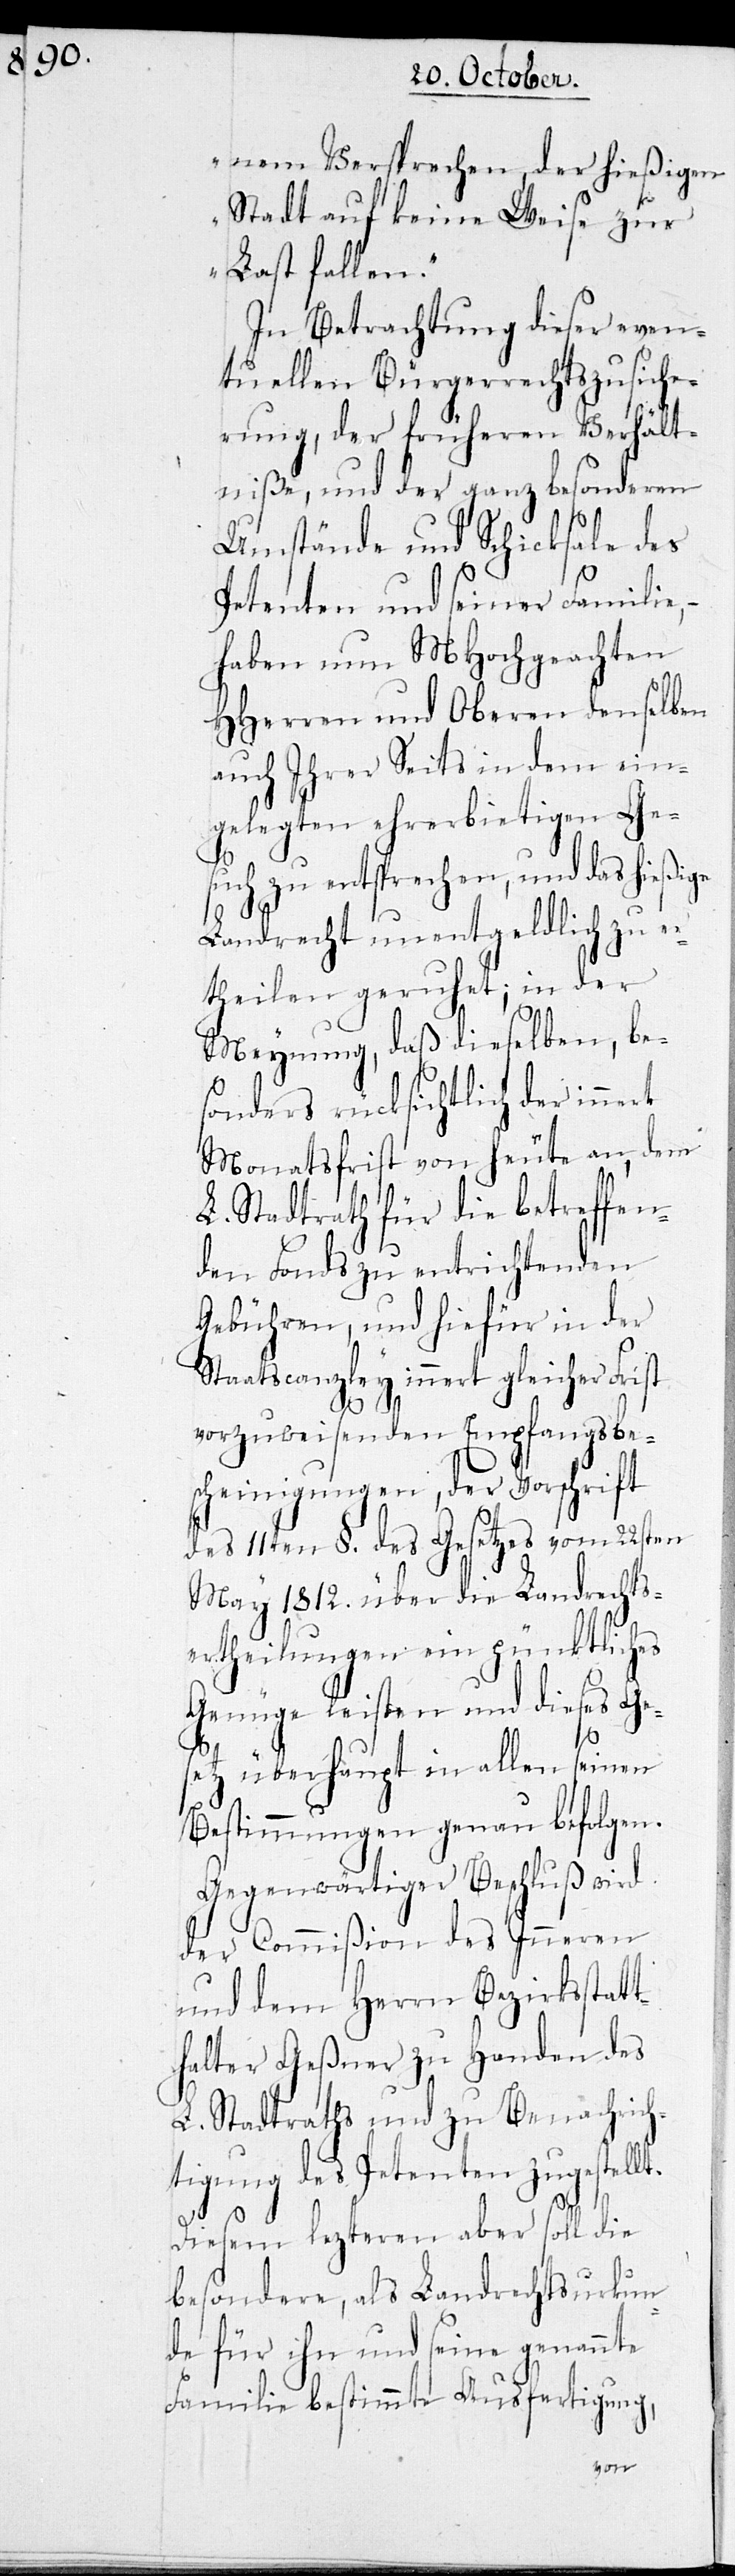
nem Versprechen, der hießigen
Stadt auf keine Weise zur
Last fallen.“
In Betrachtung dieser
L¬
tuellen Bürgerrecht¬
echt¬
erung, der frühe¬
ltniße, und der ganz be¬
Umstände und Sc¬
Petenten und seiner Fam¬
Ge¬
haben nun MHoch¬
HHerren und Oberen denselb¬
auch Ihrer Seits in dem ein¬
gelegten ehrerbietigen Ges¬
uch zu entsprechen, und das hi¬
Landrecht unentgeld¬
theilen geruhet; in der
Meynung, daß dieselben,
sonders rücksichtlich der in¬
Monatsfrist von heute an, dem
L. Stadtrath für die betreff¬
den Fonds zu entrichtenden
Gebühren, und hiefür in der
Staatscanzley innert gleich¬
vorzuweisenden Empf¬
cheinigungen, der
des 11ten §. des Geset¬
May 1812. über
sertheilungen ein
Genüge leisten und
setz überhaupt in
Bestimmungen genau
Gegenwärtiger Beschluß wird
der Commißion des Inneren
und dem Herrn Bezirksstatt¬
halter Geßner zu Handen des
L. Stadtraths und zu Benachrich¬
tigung des Petenten zugestellt.
Diesen lezteren aber soll die
besondere, als Landrechtsurkun¬
de für ihn und seine genannte
Familie bestimmte Ausfertigung,